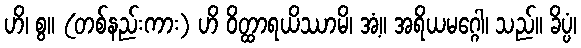
ဟိ၊ စွ။ (တစ်နည်းကား) ဟိ ဝိတ္ထာရယိဿာမိ၊ အံ့။ အရိယမဂ္ဂေါ၊ သည်။ ခိပ္ပံ၊